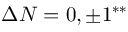
\Delta N = 0 , \pm 1 ^ { * * }